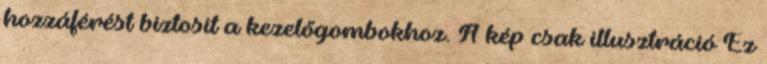
hozzáférést biztosít a kezelőgombokhoz. A kép csak illusztráció Ez